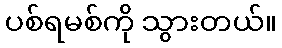
ပစ်ရမစ်ကို သွားတယ်။